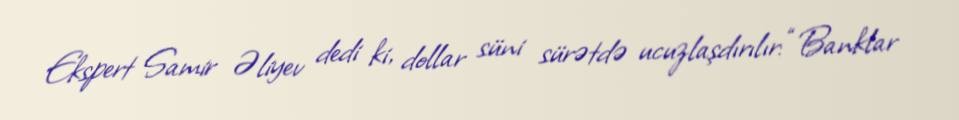
Ekspert Samir Əliyev dedi ki, dollar süni sürətdə ucuzlaşdırılır: “Banklar